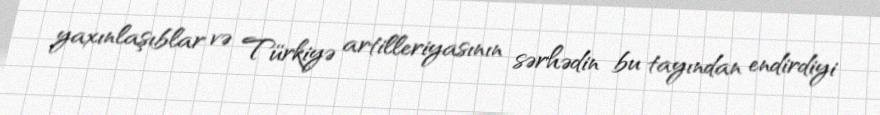
yaxınlaşıblar və Türkiyə artilleriyasının sərhədin bu tayından endirdiyi